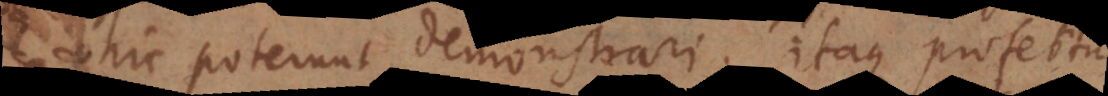
hic poterunt demonstrari. Itaque profertur